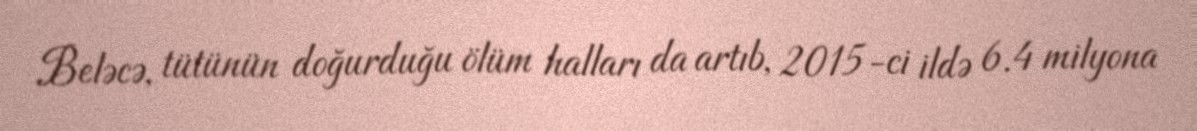
Beləcə, tütünün doğurduğu ölüm halları da artıb, 2015-ci ildə 6.4 milyona